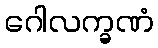
ဂေါလက္ခဏံ